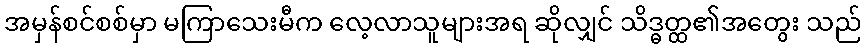
အမှန်စင်စစ်မှာ မကြာသေးမီက လေ့လာသူများအရ ဆိုလျှင် သိဒ္ဓတ္ထ၏အတွေး သည်